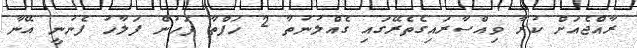
ރާއްޖެއަށް ކުރާ ވިއްސާރައިގެތެރޭގައި ގެއްލުނުތާ 2 ހަފްތާ ފަހުން ފަލާހު ފެނުނީ އޭނާ